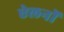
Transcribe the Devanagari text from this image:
ऐलनों